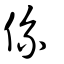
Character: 係